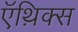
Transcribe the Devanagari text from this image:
ऍथ़िक्स